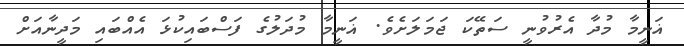
ޣަނީމާ މުދާ އެރުވުނީ ސަތޭކަ ޖަމަލަށެވެ. ޣަނީމާ މުދަލުގެ ފަސްބައިކުޅަ އެއްބައި މަދީނާއަށް